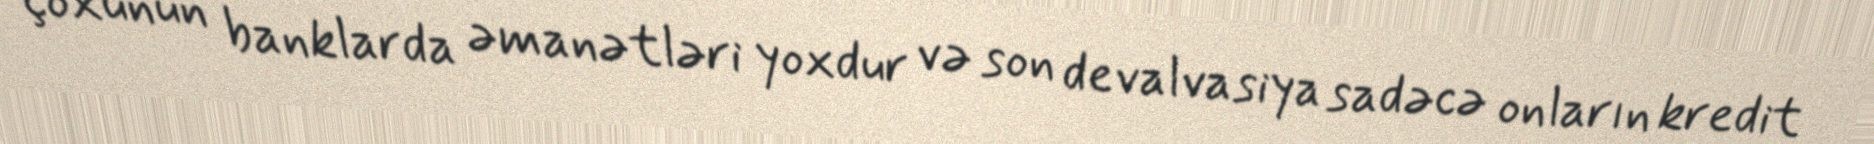
çoxunun banklarda əmanətləri yoxdur və son devalvasiya sadəcə onların kredit